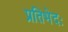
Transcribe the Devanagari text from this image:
प्रतिभेदः